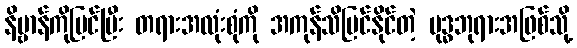
နိဗ္ဗာန်ကိုမြင်ပြီး တရားအလုံးစုံကို အကုန်သိမြင်နိုင်တဲ့ ဗုဒ္ဓဘုရားအဖြစ်သို့